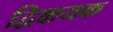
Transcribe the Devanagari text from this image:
द्विक्षयक